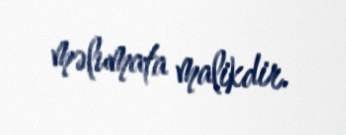
məlumata malikdir.